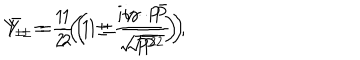
Y _ { \pm } = \frac 1 2 \left( 1 \pm \frac { i \gamma \cdot P } { \sqrt { P ^ { 2 } } } \right) , \hspace { 1 m m } \bar { Y } _ { \pm } = \frac 1 2 \left( 1 \pm \frac { i \gamma \cdot \bar { P } } { \sqrt { P ^ { 2 } } } \right)